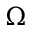
\Omega